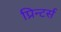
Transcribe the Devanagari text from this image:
प्रिन्टर्स